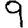
Digit: 9